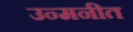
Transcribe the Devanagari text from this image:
उन्मनीत